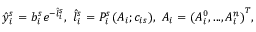
\hat { y } _ { i } ^ { s } = b _ { i } ^ { s } e ^ { - \hat { l } _ { i } ^ { s } } , \ \hat { l } _ { i } ^ { s } = P _ { i } ^ { s } ( A _ { i } ; c _ { i s } ) , \ A _ { i } = { ( A _ { i } ^ { 0 } , . . . , A _ { i } ^ { n } ) } ^ { T } ,